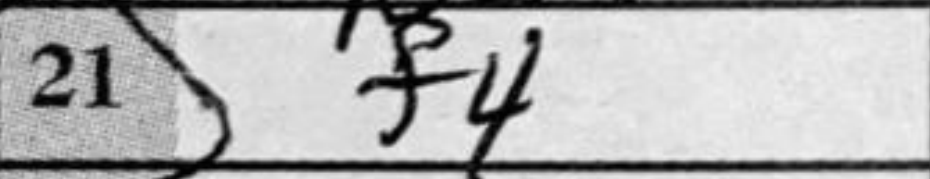
Transcription: f4